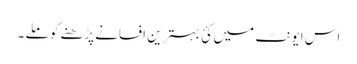
اس ایونٹ میں کئ بہترین افسانے پڑھنے کو ملے ۔